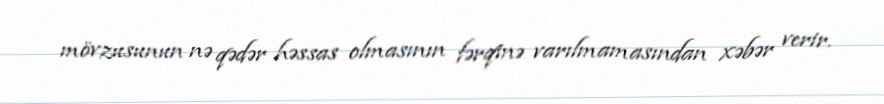
mövzusunun nə qədər həssas olmasının fərqinə varılmamasından xəbər verir.